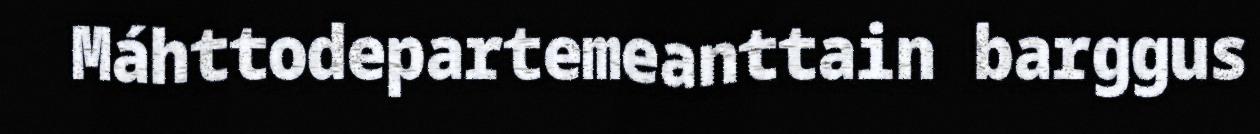
Máhttodepartemeanttain barggus